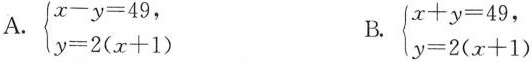
A.$$\left \{ \begin {matrix} x - y = 4 9 , \\ y = 2 ( x + 1 ) \\ \end {matrix} \right .$$ B. $$\left \{ \begin {matrix} x + y = 4 9 , \\ y = 2 ( x + 1 ) \\ \end {matrix} \right .$$